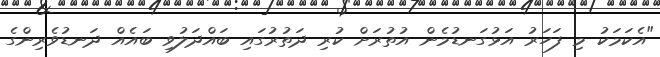
"އެކަމަކު މި ފަހަރު އަޅުގަނޑުމެން އުތުރަށް ކުރި ދަތުރުގައި ބައްދަލުވި ބައެއް ދަނޑުވެރިންގެ